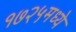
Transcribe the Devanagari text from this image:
१७२५मध्ये